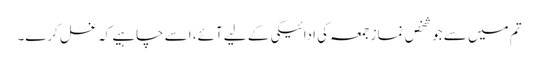
تم میں سے جو شخص نماز جمعہ کی ادائیگی کے لیے آئے، اسے چاہیے کہ غسل کرے۔